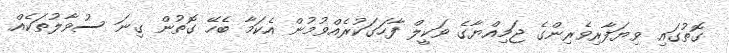
ގޮތުގައި ވިޔަފާރިވެރިންގެ ޖަމިއްޔާގެ ވަކީލް ފާހަގަކުރެއްވުމުން އެކަމާ ބެހޭ ގޮތުން ގިނަ ސުވާލުތަކެއް